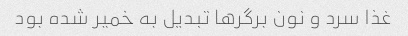
غذا سرد و نون برگرها تبدیل به خمیر شده بود